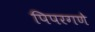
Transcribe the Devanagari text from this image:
पिपरगणे